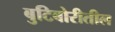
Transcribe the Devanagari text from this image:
बुटिबोरीतील